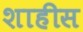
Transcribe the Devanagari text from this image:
शाहीस